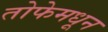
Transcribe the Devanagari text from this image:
तोफेमधून